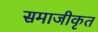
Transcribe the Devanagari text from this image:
समाजीकृत